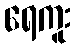
ရေကူး